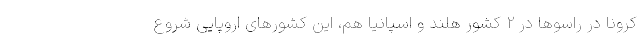
کرونا در راسوها در 2 کشور هلند و اسپانیا هم، این کشورهای اروپایی شروع